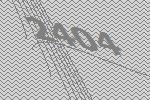
2404